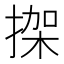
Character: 𢱌